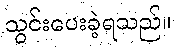
သွင်းပေးခဲ့ရသည်။